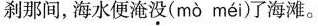
剎那间，海水便淹没( mò méi )了海滩。